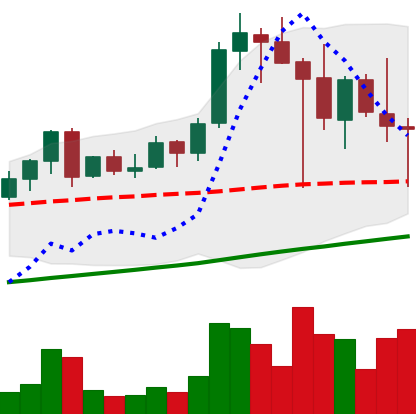
Ticker: LINK-USD
Chart end date: 2021-04-23
Forward return: 3.316%
Label: up_3_5